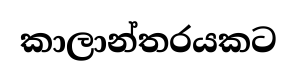
කාලාන්තරයකට